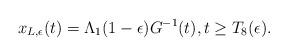
LaTeX: \begin{align*} x_{L,\epsilon}(t)=\Lambda_{1}(1-\epsilon)G^{-1}(t), t\geq T_8(\epsilon).\end{align*}